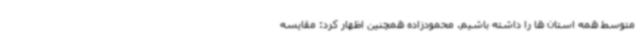
متوسط همه استان ها را داشته باشیم. محمودزاده همچنین اظهار کرد: مقایسه